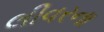
લીવરના